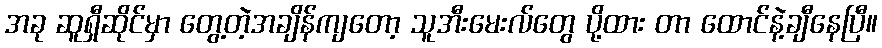
အခု ဆူရှီဆိုင်မှာ တွေ့တဲ့အချိန်ကျတော့ သူအီးမေးလ်တွေ ပို့ထား တာ ထောင်နဲ့ချီနေပြီ။